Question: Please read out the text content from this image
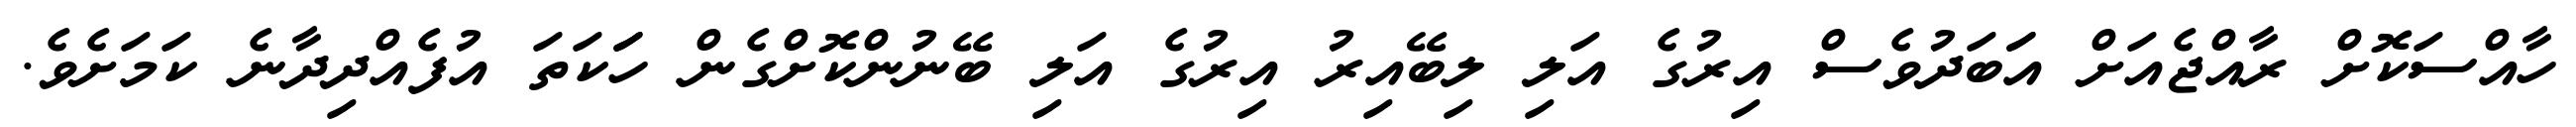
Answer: ހާއްސަކޮށް ރާއްޖެއަށް އަަބަދުވެސް އިރުގެ އަލި ލިބޭއިރު އިރުގެ އަލި ބޭނުންކޮށްގެން ހަަކަތަ އުފެއްދިދާނެ ކަމަށެވެ.